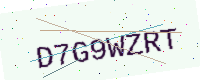
Text: D7G9WZRT